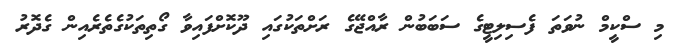
މި ސްކީމް ނުވަތަ ފެސިލިޓީގެ ސަބަބުން ރާއްޖޭގެ ރަށްތަކުގައި ދޫކޮށްފައިވާ ގޯތިތަކުގެތެރެއިން ގެދޮރު